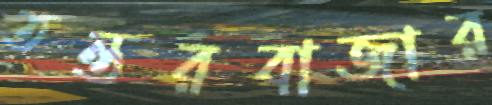
তন্তরবাজার